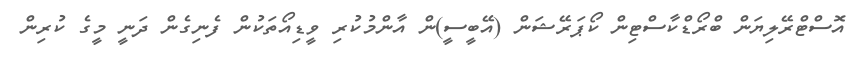
އޮސްޓްރޭލިޔަން ބްރޯޑްކާސްޓިން ކޯޕަރޭޝަން (އޭބީސީ)ން އާންމުކުރި ވީޑިއޯތަކުން ފެނިގެން ދަނީ މީގެ ކުރިން